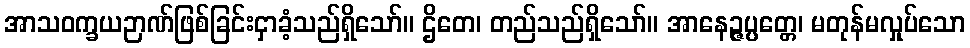
အာသဝက္ခယဉာဏ်ဖြစ်ခြင်းငှာခံ့သည်ရှိသော်။ ဌိတေ၊ တည်သည်ရှိသော်။ အာနေဉ္ဇပ္ပတ္တေ၊ မတုန်မလှုပ်သော